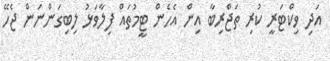
އަދި ވިކްޓަރީ ކުރި ތަޖްރިބާ އިން އެހެން ޓީމުތައް ފިލާވަޅު ލިބިގަންނަން ޖެހޭ